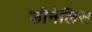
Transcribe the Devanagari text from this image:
कौनेलिस